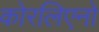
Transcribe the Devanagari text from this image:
कोरलिएनो